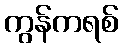
ကွန်ကရစ်